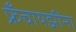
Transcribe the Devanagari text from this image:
फ्रँचायझींना